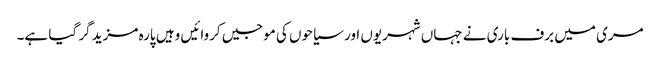
مری میں برف باری نے جہاں شہریوں اور سیاحوں کی موجیں کروائیں وہیں پارہ مزید گر گیا ہے۔